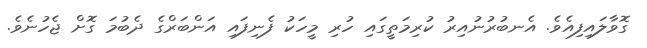
ގޮވާލައިފިއެވެ. އެނބުރުނުއިރު ކުރިމަތީގައި ހުރި މީހަކު ފެނިފައި އަންބަރްގެ ދެބުމަ ގޮށް ޖެހުނެވެ.